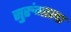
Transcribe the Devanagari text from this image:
सुरुंगाला